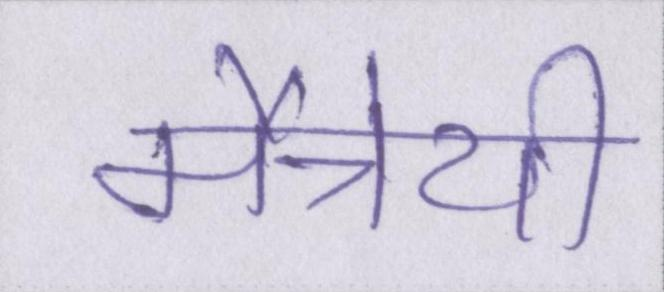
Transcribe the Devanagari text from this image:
मैत्रेयी